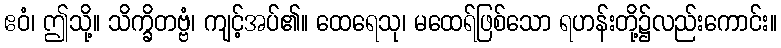
ဧဝံ၊ ဤသို့။ သိက္ခိတဗ္ဗံ၊ ကျင့်အပ်၏။ ထေရေသု၊ မထေရ်ဖြစ်သော ရဟန်းတို့၌လည်းကောင်း။